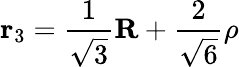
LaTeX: {\mathbf r}_{3}=\frac{1}{\sqrt{3}}{\mathbf R}+\frac{2}{\sqrt{6}}{\mathbf\rho}